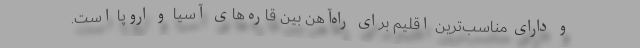
و دارای مناسب‌ترین اقلیم برای راه‌آهن بین قاره‌های آسیا و اروپا است.